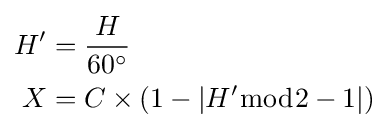
{\begin{aligned}H^{\prime }&={\frac {H}{60^{\circ }}}\\X&=C\times (1-|H^{\prime }{\bmod {2}}-1|)\end{aligned}}